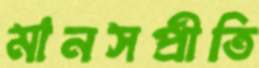
মানসপ্রীতি